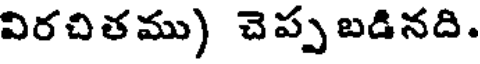
విరచితము) చెప్ప బడినది.